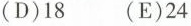
(D)18 (E)24